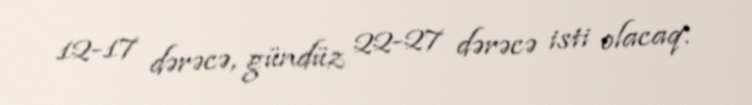
12-17 dərəcə, gündüz 22-27 dərəcə isti olacaq.